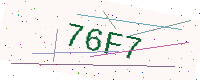
Text: 76F7